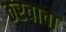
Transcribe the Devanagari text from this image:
ठरवावा